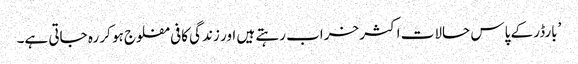
’بارڈر کے پاس حالات اکثر خراب رہتے ہیں اور زندگی کافی مفلوج ہو کر رہ جاتی ہے۔